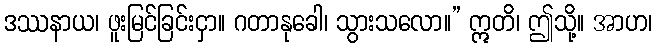
ဒဿနာယ၊ ဖူးမြင်ခြင်းငှာ။ ဂတာနုခေါ၊ သွားသလော။” ဣတိ၊ ဤသို့။ အာဟ၊